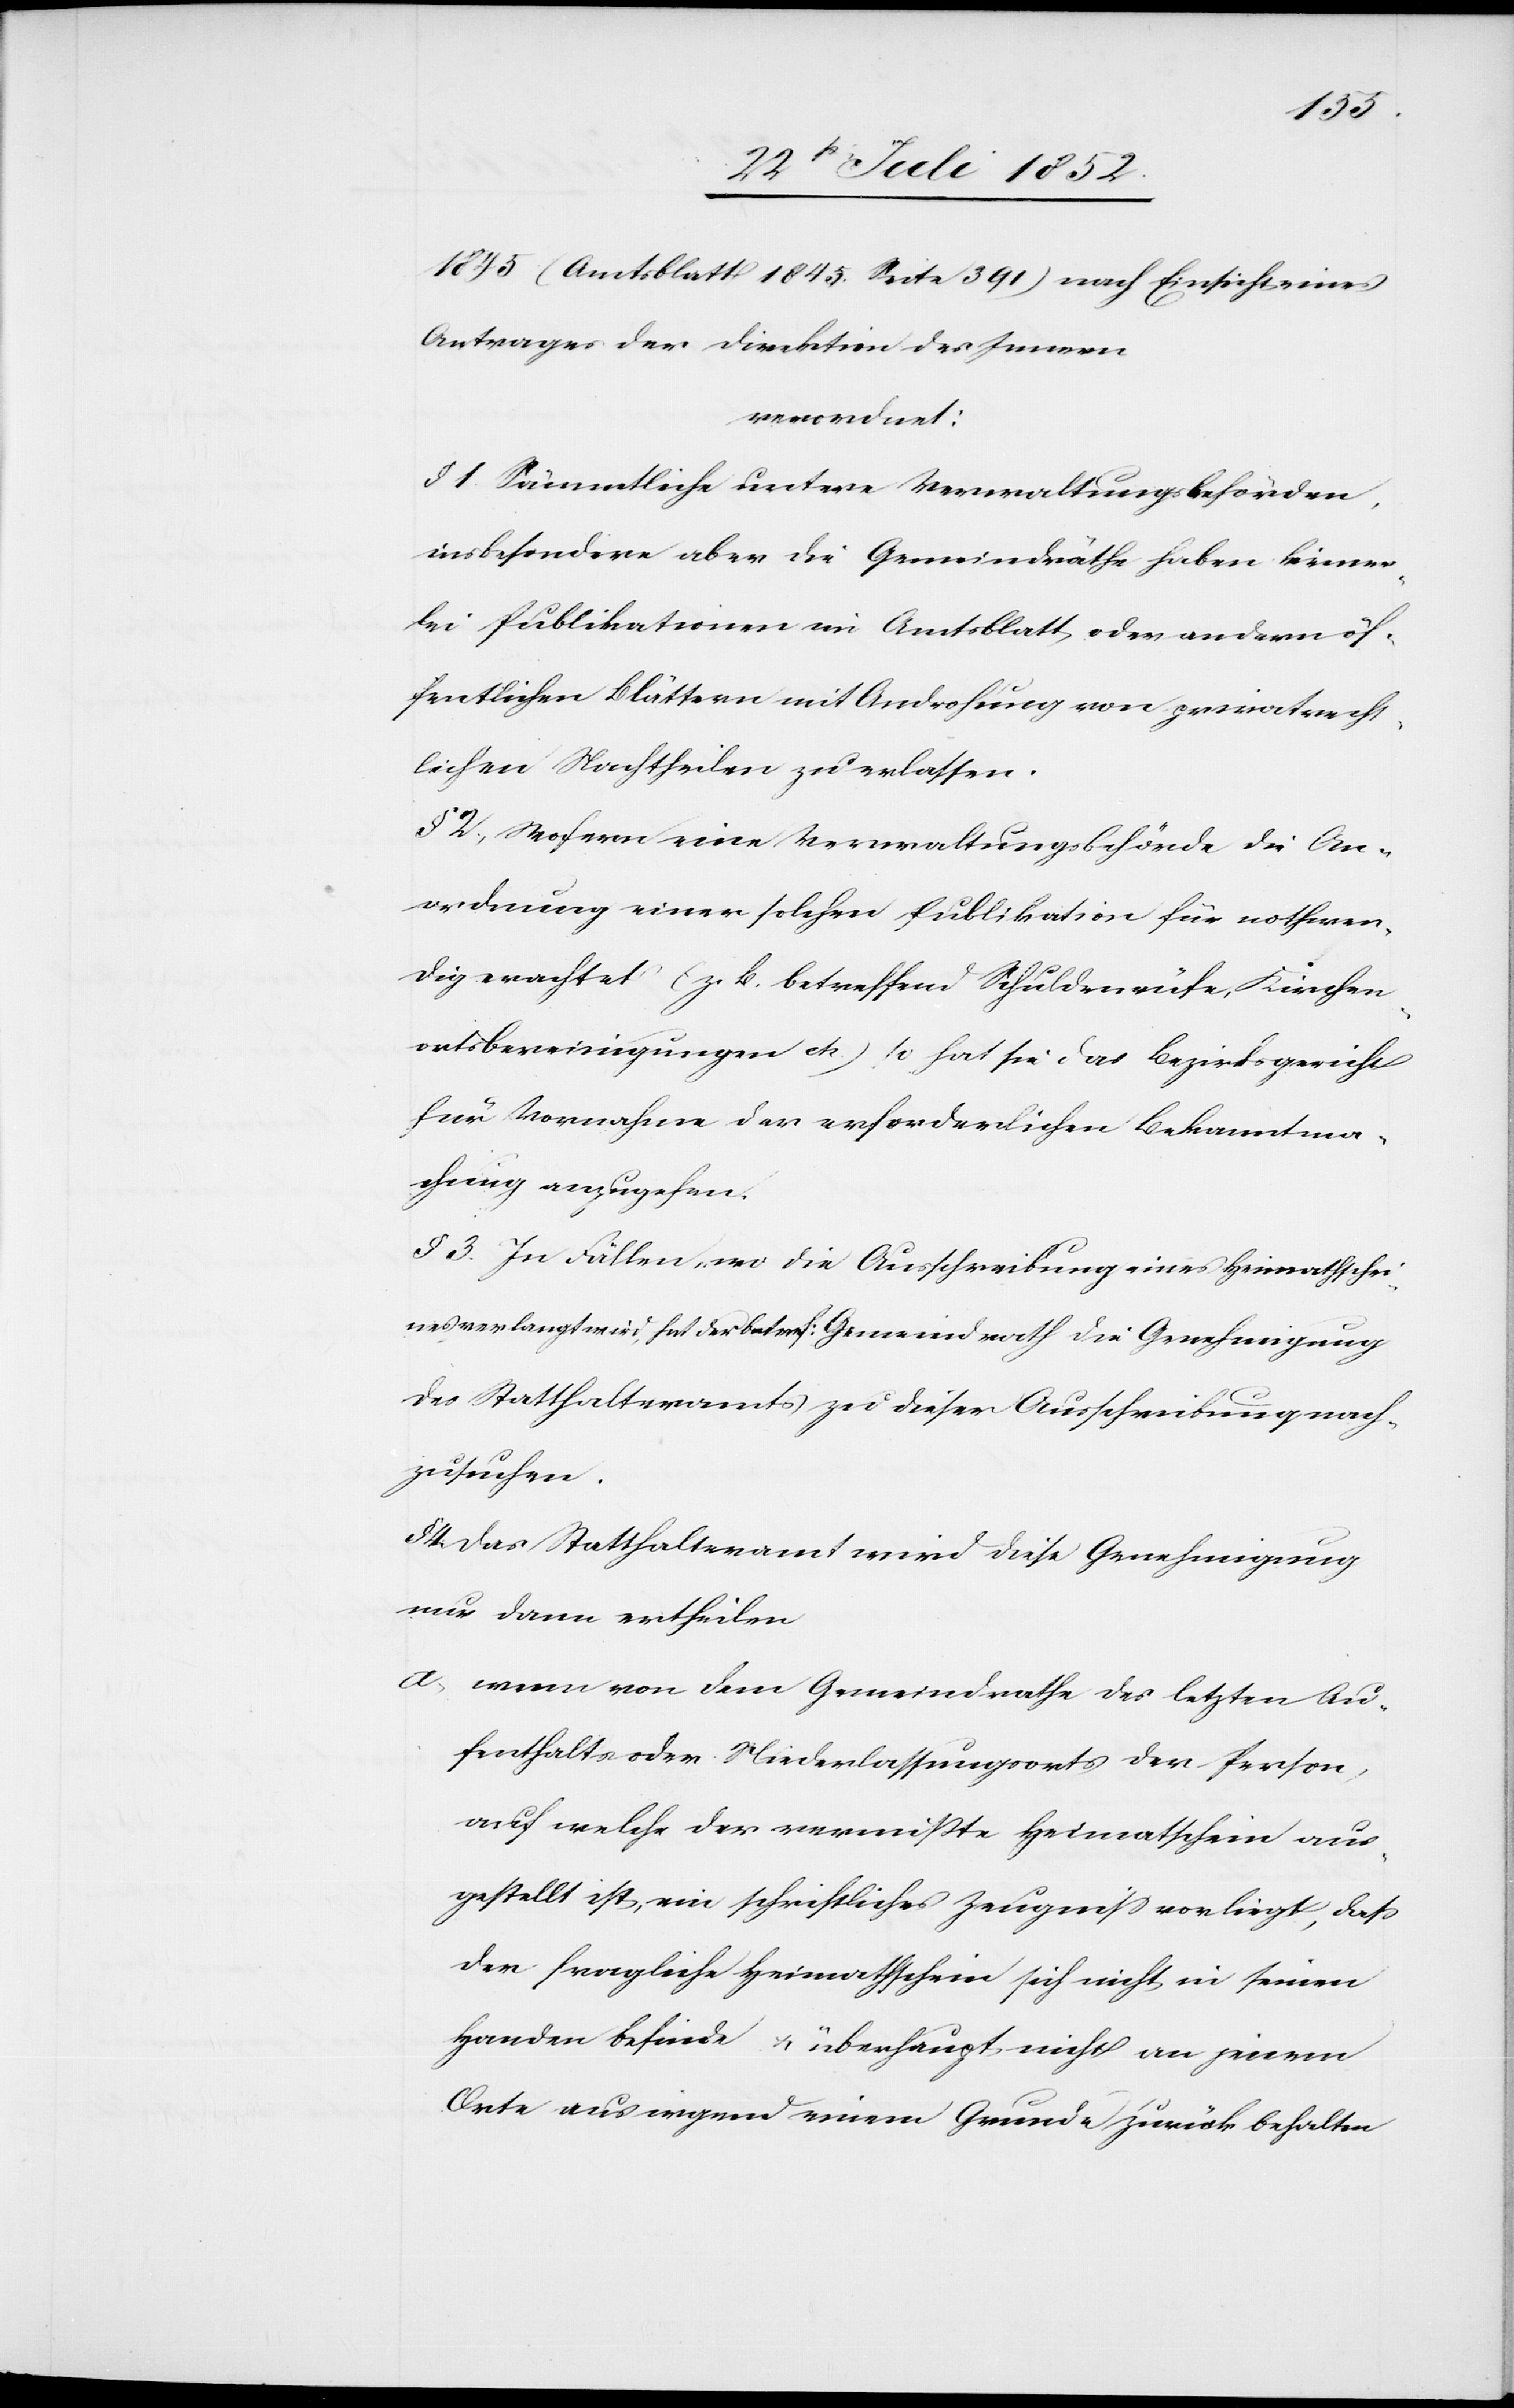
1845 (Amtsblatt 1845. Seite 391) nach Einsicht eines
Antrages der Direktion des Innern
verordnet:
§ 1. Sämmtliche untere Verwaltungsbehörden,
insbesondere aber die Gemeindräthe haben keiner¬
lei Publikationen im Amtsblatt oder andern öf¬
fentlichen Blättern mit Androhung von privatrecht¬
lichen Nachtheilen zu erlassen.
§ 2., Wofern eine Verwaltungsbehörde die An¬
ordnung einer solchen Publikation für nothwen¬
dig erachtet (z. B. betreffend Schuldenrüfe, Kirchen¬
ortsbereinigungen etc.) so hat sie das Bezirksgericht
für Vornahme der erforderlichen Bekanntma¬
chung anzugehen.
§ 3. In Fällen, wo die Ausschreibung eines Heimathschei¬
nes verlangt wird, hat der betref: Gemeindrath die Genehmigung
des Statthalteramts zu dieser Ausschreibung nach¬
zusuchen.
§ 4. Das Statthalteramt wird diese Genehmigung
nur dann ertheilen
wenn von dem Gemeindrathe des letzten Au¬
fenthalts[-] oder Niederlassungsorts der Person,
auf welche der vermißte Heimatschein aus¬
gestellt ist, ein schriftliches Zeugniss vorliegt, dass
der fragliche Heimathschein sich nicht in seinen
Handen befinde & überhaupt nicht an jenem
Orte aus irgend einem Grunde zurück behalten